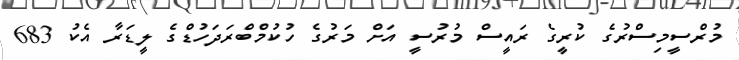
މުރްސީމިސްރުގެ ކުރީގެ ރައީސް މުރުސީ އަށް މަރުގެ ހުކުމްބްރަދަހުޑްގެ ލީޑަރާ އެކު 683